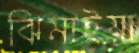
ঝিমাইয়া